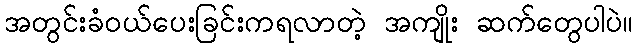
အတွင်းခံဝယ်ပေးခြင်းကရလာတဲ့ အကျိုး ဆက်တွေပါပဲ။